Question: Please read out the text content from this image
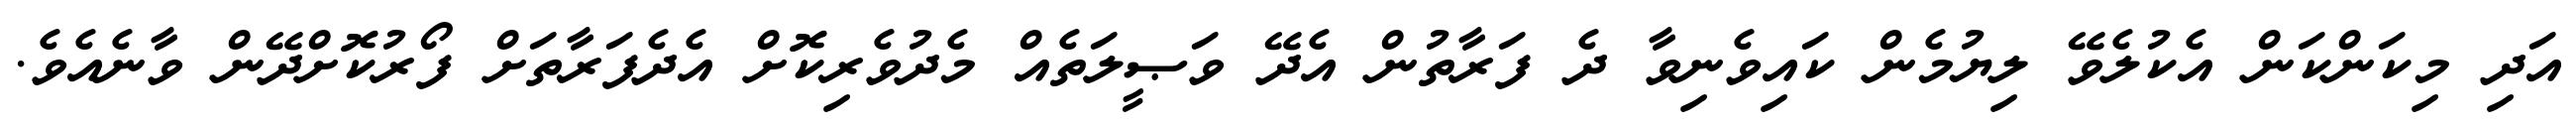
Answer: އަދި މިކަންކަން އެކުލެވޭ ލިޔުމެން ކައިވެނިވާ ދެ ފަރާތުން އެދޭ ވަޞީލަތެއް މެދުވެރިކޮށް އެދެފަރާތަށް ފޯރުކޮށްދޭން ވާނެއެވެ.